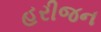
હરીજન